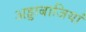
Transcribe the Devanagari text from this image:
अड्डाबाजियां